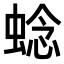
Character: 𬠖